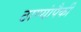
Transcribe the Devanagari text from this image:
ठाण्यांपैकी